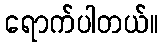
ရောက်ပါတယ်။